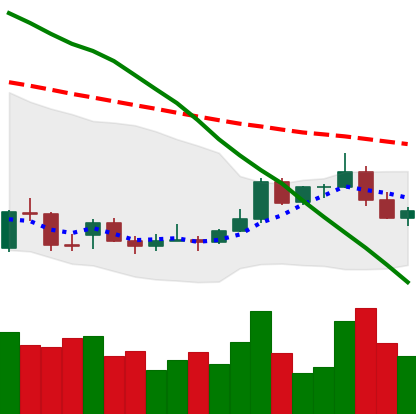
Ticker: ADA-USD
Chart end date: 2021-12-30
Forward return: -3.584%
Label: down_3_5